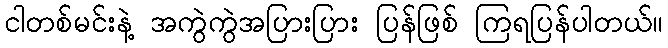
ငါတစ်မင်းနဲ့ အကွဲကွဲအပြားပြား ပြန်ဖြစ် ကြရပြန်ပါတယ်။